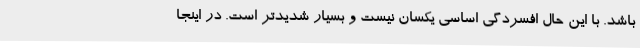
باشد. با این حال افسردگی اساسی یکسان نیست و بسیار شدیدتر است. در اینجا